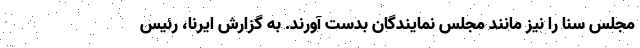
مجلس سنا را نیز مانند مجلس نمایندگان بدست آورند. به گزارش ایرنا، رئیس